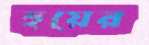
হুয়ের